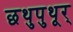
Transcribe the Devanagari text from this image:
छथुपुथूर्